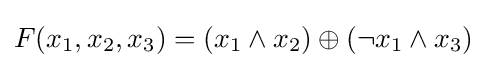
F(x_{1},x_{2},x_{3})=(x_{1}\wedge x_{2})\oplus (\neg x_{1}\wedge x_{3})